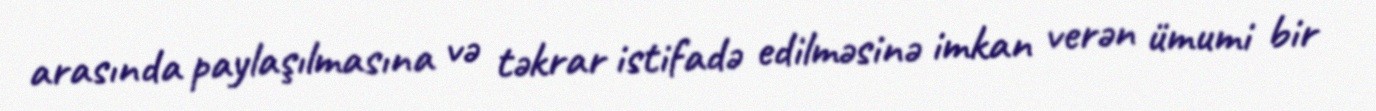
arasında paylaşılmasına və təkrar istifadə edilməsinə imkan verən ümumi bir